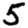
Digit: 5